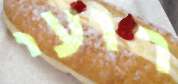
רועי